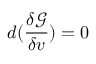
d ( \frac { \delta \mathcal { G } } { \delta v } ) = 0